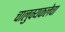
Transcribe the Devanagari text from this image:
चालुक्यकलेचा